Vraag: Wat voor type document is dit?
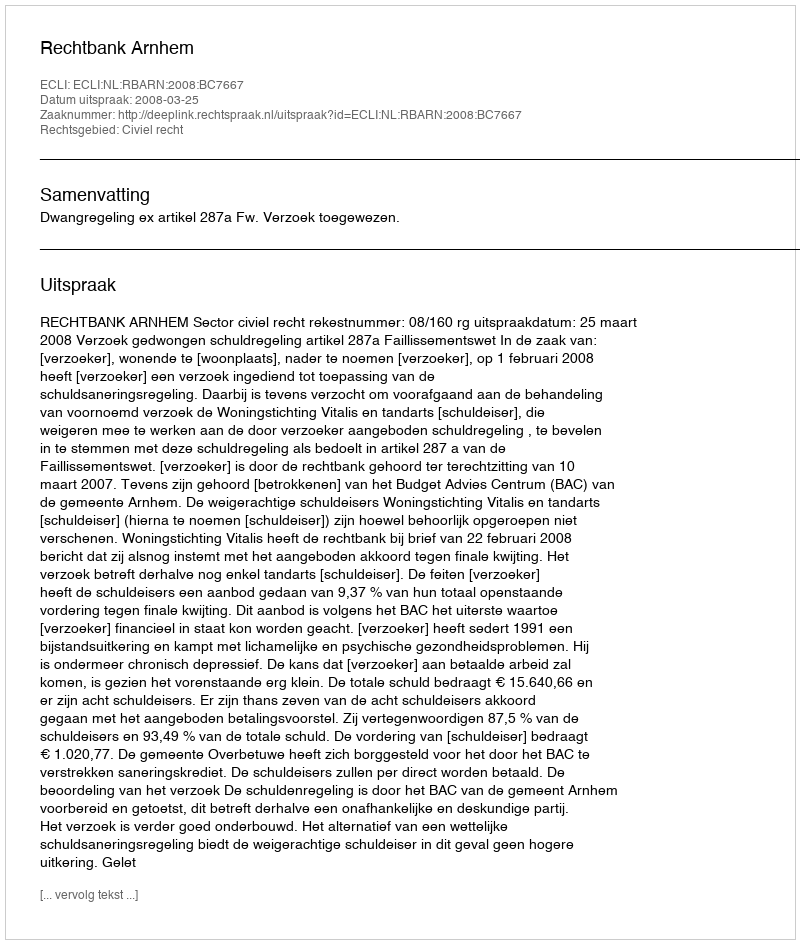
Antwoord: Uitspraak